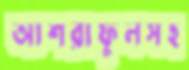
আশরাফুলসহ